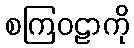
စကြဝဠာကို